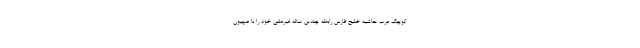
کوچک عرب حاشیه خلیج فارس رابطه چندین ساله غیرعلنی خود را با صهیون